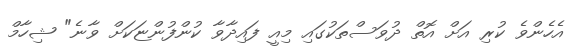
އެހެންވެ ކުރި އަށް އޮތް ދުވަސްތަކުގައި މިއީ ފައިދާވާ ކުންފުންޏަކަށް ވާނެ" ޝިހާމް